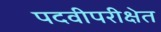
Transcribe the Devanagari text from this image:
पदवीपरीक्षेत